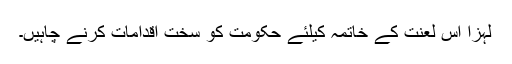
لہزا اس لعنت کے خاتمہ کیلئے حکومت کو سخت اقدامات کرنے چاہیں۔